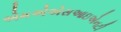
એમએએસઆઇએનટી